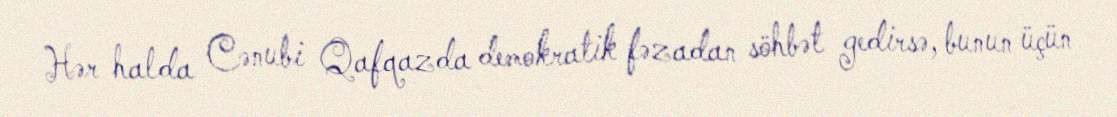
Hər halda Cənubi Qafqazda demokratik fəzadan söhbət gedirsə, bunun üçün